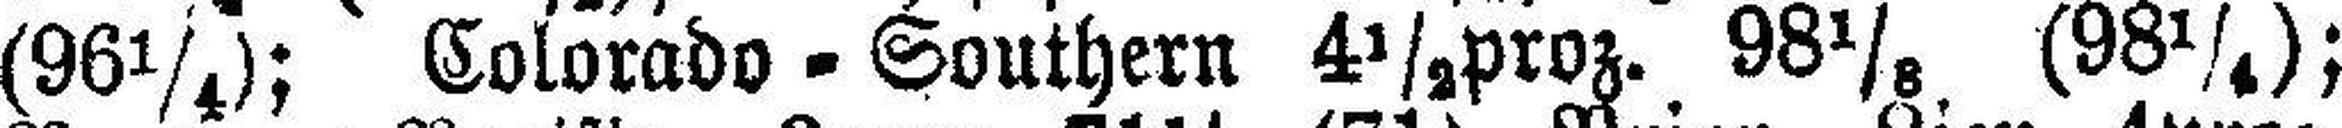
(96¼); Colorado-Southern 4½proz. 98⅛ (98¼);